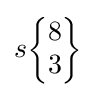
s{\begin{Bmatrix}8\\3\end{Bmatrix}}